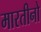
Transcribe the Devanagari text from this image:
मारतीनो